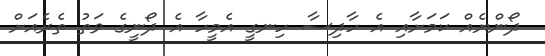
ދޯންޔެއް ކަމަށާއި އެ ހާދިސާ ހިނގީ އެމީހާ އެ ދޯނީގެ ވަތު ތެރެއަށް